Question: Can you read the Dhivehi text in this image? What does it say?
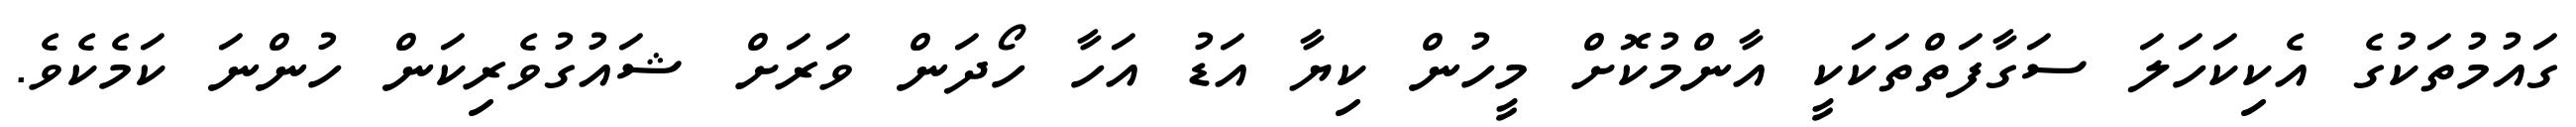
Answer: ގައުމުތަކުގެ އެކިކަހަލަ ސަގާފަތްތަކަކީ އާންމުކޮށް މީހުން ކިޔާ އަޑު އަހާ ހޯދަން ވަރަށް ޝައުގުވެރިކަން ހުންނަ ކަމެކެވެ.